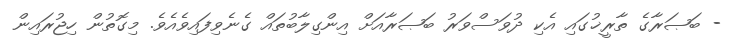
- ބަޞަރާގެ ތާރީޚުގައި އެކި ދުވަސްވަރު ބަޞަރާއަށް އިންގިލާބުތައް ގެނެވިފައިވެއެވެ. މިގޮތުން ހިޖުރައިން